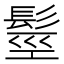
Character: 𩭙